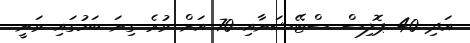
އަދި 40 ޕޮލިސް ސްޓޭޝަނާއި 70 އަށް ވުރެ ގިނަ ބަހުގައި ވަނީ